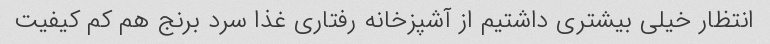
انتظار خیلی بیشتری داشتیم از آشپزخانه رفتاری غذا سرد برنج هم کم کیفیت